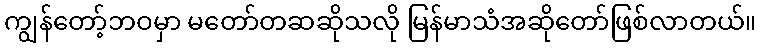
ကျွန်တော့်ဘဝမှာ မတော်တဆဆိုသလို မြန်မာသံအဆိုတော်ဖြစ်လာတယ်။